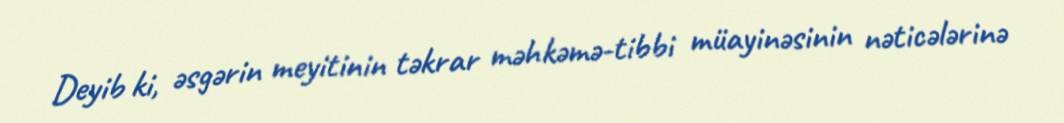
Deyib ki, əsgərin meyitinin təkrar məhkəmə-tibbi müayinəsinin nəticələrinə